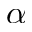
\alpha